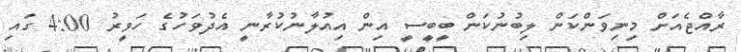
ރާއްޖެއަށް މިނިވަންކަން ލިބުނުކަން ބީބީސީ އިން އިއުލާނުކުރާނީ އެދުވަހުގެ ހަވީރު 4:00 ގައި